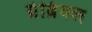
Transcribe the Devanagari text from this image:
ग्रेब्रियल